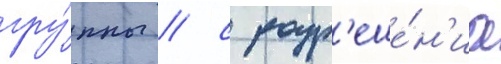
гру́ппы / с разр'еше́н'иа